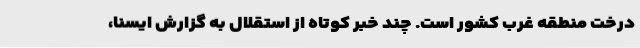
درخت منطقه غرب کشور است. چند خبر کوتاه از استقلال به گزارش ایسنا،